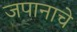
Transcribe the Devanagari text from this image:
जपानाचे